Indian journal of veterinary science and animal husbandry - Volume 11,
Year: 1941
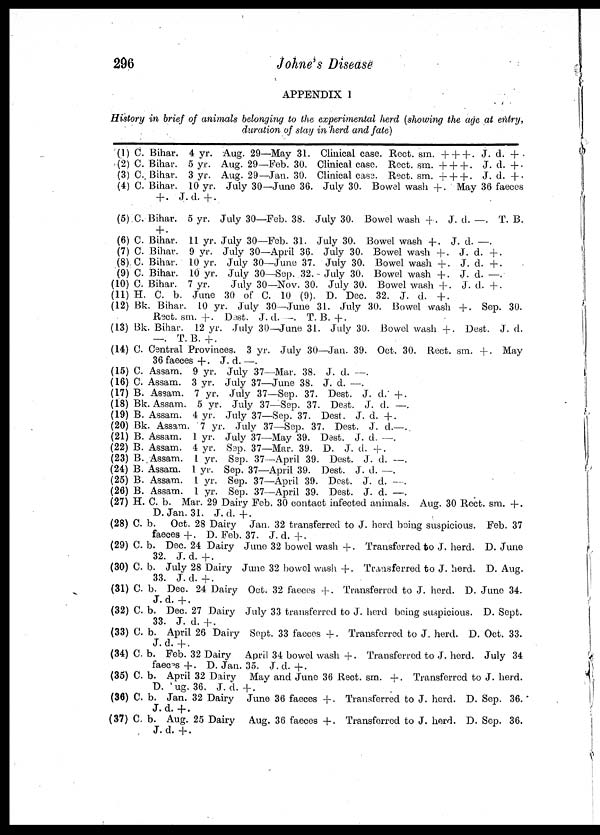
296
Johne's Disease
APPENDIX 1
History in brief of animals belonging to the experimental herd (showing the age at entry,
duration of stay in herd and fate)
(1) C. Bihar. 4 yr. Aug. 29—May 31. Clinical case. Rect. sm. + + + . J. d. + .
(2) C. Bihar. 5 yr. Aug. 29—Feb. 30. Clinical case. Rect. sm. + + +. J. d. +.
(3) C. Bihar. 3 yr. Aug. 29—Jan. 30. Clinical case. Rect. sm. + + + . J. d. +.
(4) C Bihar. 10 yr. July 30—June 36. July 30. Bowel wash + . May 36 faeces
+ . J. d. + .
(5) C. Bihar. 5 yr. July 30—Feb. 38. July 30. Bowel wash +. J. d. —. T. B.
+.
(6) C. Bihar. 11 yr. July 30—Feb. 31. July 30. Bowel wash +. J. d. —.
(7) C. Bihar. 9 yr. July 30—April 36. July 30. Bowel wash +. J. d. +.
(8) C. Bihar. 10 yr. July 30—June 37. July 30. Bowel wash +. J. d. +.
(9) C. Bihar. 10 yr. July 30—Sep. 32. July 30. Bowel wash +. J. d. —.
(10) C Bihar. 7 yr.
July 30—Nov. 30. July 30. Bowel wash +. J. d. +.
(11) H. C. b. June 30 of C. 10 (9). D. Dec. 32. J. d. + .
(12) Bk. Bihar. 10 yr. July 30—June 31. July 30. Bowel wash +. Sep. 30.
Rect. sm. + Dest. J. d. —. T. B. +.
(13) Bk. Bihar. 12 yr. July 30— June 31. July 30. Bowel wash +. Dest. J. d.
—. T.B. +.
(14) C. Central Provinces. 3 yr. July 30—Jan. 39. Oct. 30. Rect. sm. +. May
36 faeces +. J. d. —.
(15) C. Assam. 9 yr. July 37—Mar. 38. J. d. —.
(16) C. Assam. 3 yr. July 37—June 38. J. d. —.
(17) B. Assam. 7 yr. July 37—Sep. 37. Dest. J. d. +.
(18) Bk. Assam. 5 yr. July 37—Sep. 37. Dest. J. d. —.
(19) B. Assam. 4 yr. July 37—Sep. 37. Dest. J. d. +.
(20) Bk. Assam. 7 yr. July 37—Sep. 37. Dest. J. d.—.
(21) B. Assam. 1 yr. July 37—May 39. Dest. J. d. —.
(22) B. Assam. 4 yr. Sep. 37—Mar. 39. D. J. d. +.
(23) B. Assam. 1 yr. Sep. 37—April 39. Dest. J. d. —.
(24) B. Assam. 1 yr. Sep. 37—April 39. Dest. J. d. —.
(25) B. Assam. 1 yr. Sep. 37—April 39. Dest. J. d. —.
(26) B. Assam. 1 yr. Sep. 37—April 39. Dest. J. d. —.
(27) H. C. b. Mar. 29 Dairy Feb. 30 contact infected animals. Aug. 30 Rect. sm. + .
D.Jan. 31. J. d. +.
(28) C. b.
Oct. 28 Dairy Jan. 32 transferred to J. herd being suspicious. Feb. 37
faeces +. D. Feb. 37. J. d. +.
(29) C. b. Dec. 24 Dairy June 32 bowel wash +. Transferred to J. herd. D. June
32. J. d. +.
(30) C. b. July 28 Dairy June 32 bowel wash +. Transferred to J. herd. D. Aug.
33. J. d. +.
(31) C b. Dec. 24 Dairy Oct. 32 faeces +. Transferred to J. herd. D. June 34.
J. d. +.
(32) C. b. Dec. 27 Dairy July 33 transferred to J. herd being suspicious. D. Sept.
33. J. d. +.
(33) C. b. April 26 Dairy Sept. 33 faeces +. Transferred to J. herd. D. Oct. 33.
J. d. +.
(34) C. b. Feb. 32 Dairy April 34 bowel wash +. Transferred to J. herd. July 34
faeces +. D. Jan. 35. J. d. +.
(35) C. b. April 32 Dairy May and June 36 Rect. sm. + . Transferred to J. herd.
D. Aug. 36. J. d. +.
(36) C. b. Jan. 32 Dairy June 36 faeces +. Transferred to J. herd. D. Sep. 36.
J. d. +.
(37) C. b. Aug. 25 Dairy Aug. 36 faeces +. Transferred to J. herd. D. Sep. 36.
J. d. +.